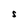
Character: S